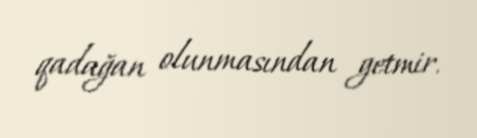
qadağan olunmasından getmir.